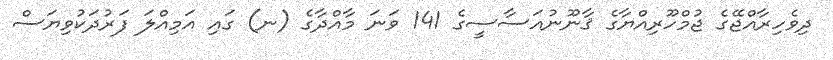
ދިވެހިރާއްޖޭގެ ޖުމްހޫރިއްޔާގެ ޤާނޫނުއަސާސީގެ 141 ވަނަ މާއްދާގެ (ނ) ގައި އަމިއްލަ ފަރުދަކުވިޔަސް